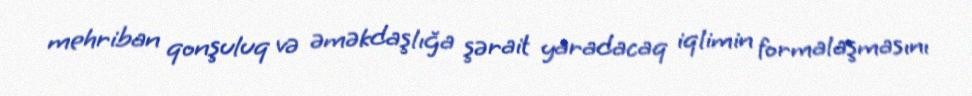
mehriban qonşuluq və əməkdaşlığa şərait yaradacaq iqlimin formalaşmasını